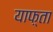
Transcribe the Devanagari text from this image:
याफ़्ता